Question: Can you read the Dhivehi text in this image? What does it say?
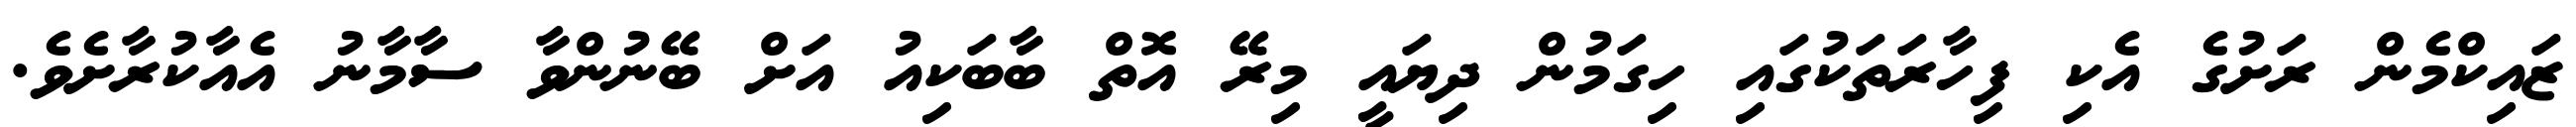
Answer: ޒައިކްމެން ރަށުގެ އެކި ފިހާރަތަކުގައި ހިގަމުން ދިޔައީ މިރޭ އޮތް ބާބަކިއު އަށް ބޭނުންވާ ސާމާނު އެއާކުރާށެވެ.